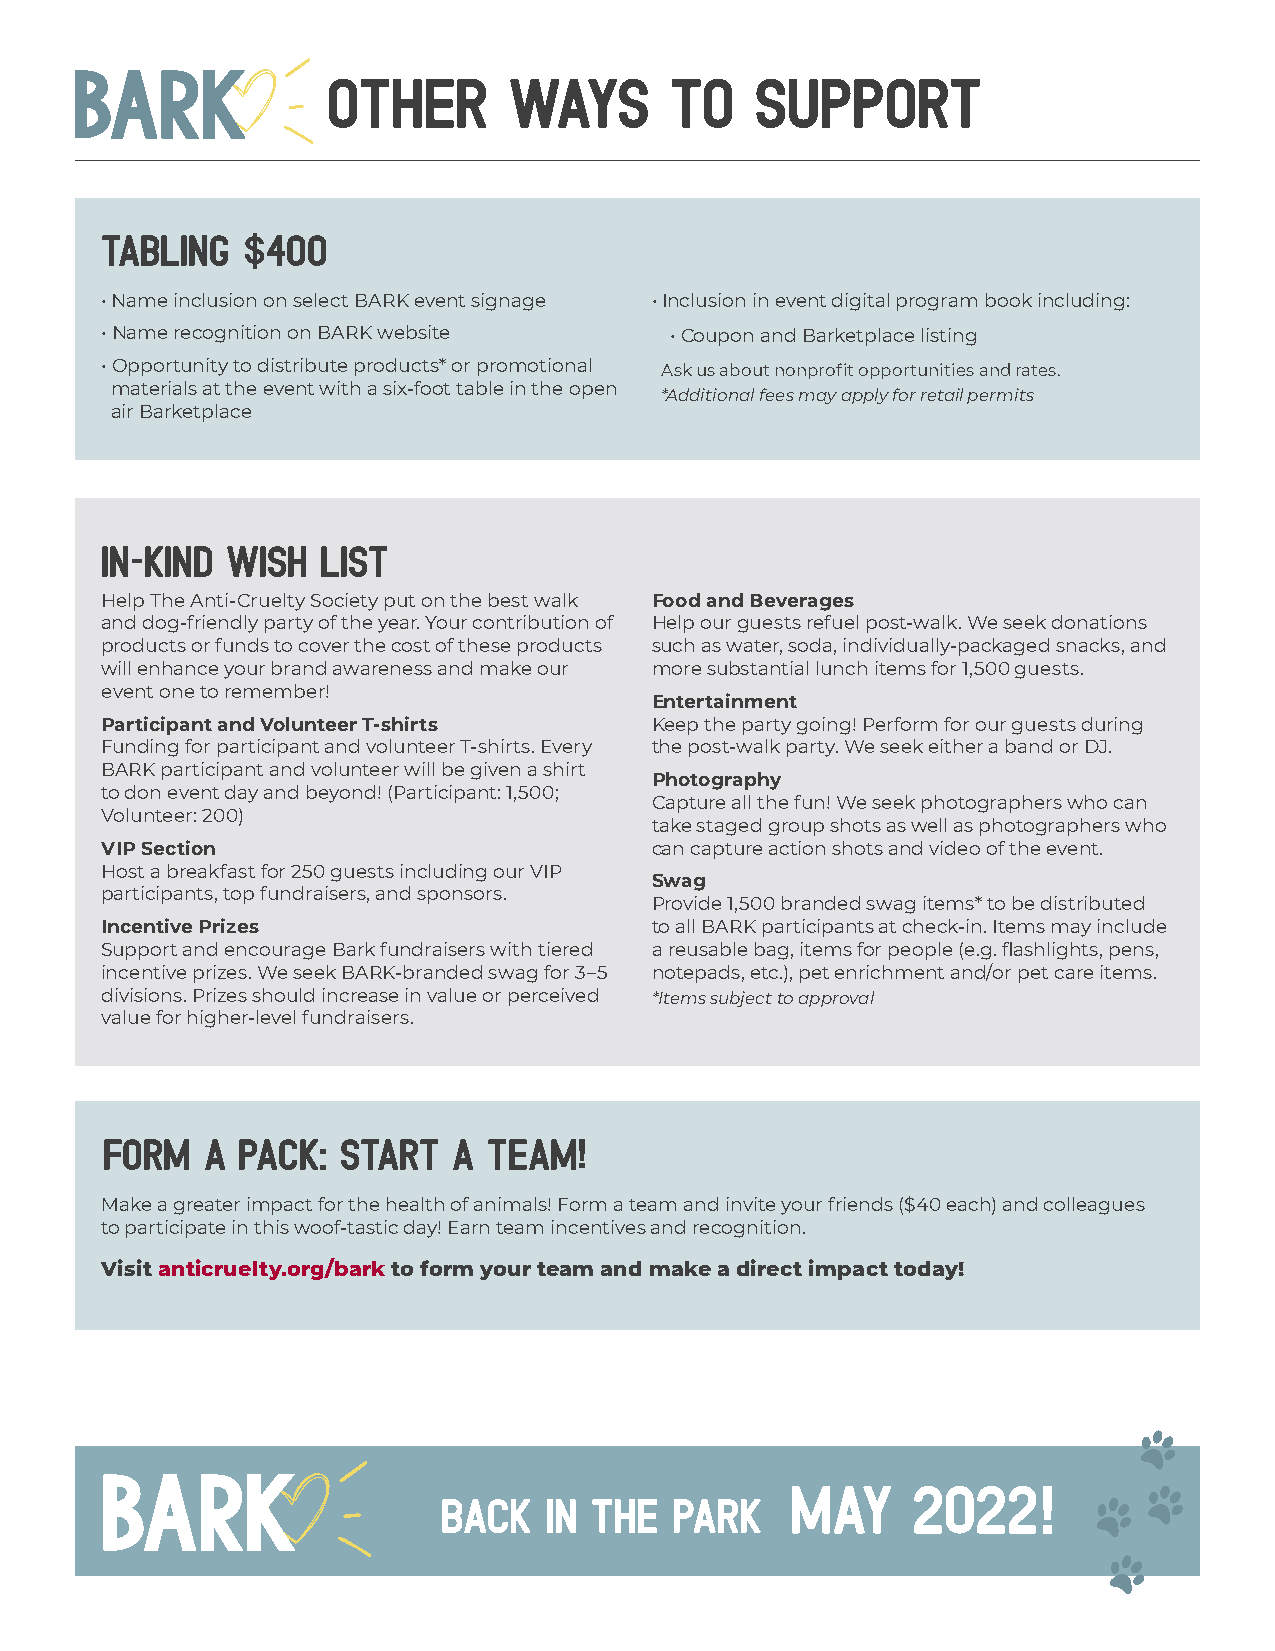
OTHER       WAYS      TO    SUPPORT
 TABLING  $400
 • Name inclusion on select BARK event signage • Inclusion in event digital program book including:
 • Name recognition on BARK website   • Coupon and Barketplace listing
 • Opportunity to distribute products* or promotional Ask us about nonprofit opportunities and rates.
 materials at the event with a six-foot table in the open
 *Additional fees may apply for retail permits
 air Barketplace
 In-Kind Wish  List
 Help The Anti-Cruelty Society put on the best walk Food and Beverages
 and dog-friendly party of the year. Your contribution of Help our guests refuel post-walk. We seek donations
 products or funds to cover the cost of these products such as water, soda, individually-packaged snacks, and
 will enhance your brand awareness and make our more substantial lunch items for 1,500 guests.
 event one to remember!
 Entertainment
 Participant and Volunteer T-shirts  Keep the party going! Perform for our guests during
 Funding for participant and volunteer T-shirts. Every the post-walk party. We seek either a band or DJ.
 BARK participant and volunteer will be given a shirt
 Photography
 to don event day and beyond! (Participant: 1,500;
 Capture all the fun! We seek photographers who can
 Volunteer: 200)
 take staged group shots as well as photographers who
 VIP Section                         can capture action shots and video of the event.
 Host a breakfast for 250 guests including our VIP
 Swag
 participants, top fundraisers, and sponsors.
 Provide 1,500 branded swag items* to be distributed
 Incentive Prizes                    to all BARK participants at check-in. Items may include
 Support and encourage Bark fundraisers with tiered a reusable bag, items for people (e.g. flashlights, pens,
 incentive prizes. We seek BARK-branded swag for 3–5 notepads, etc.), pet enrichment and/or pet care items.
 divisions. Prizes should increase in value or perceived *Items subject to approval
 value for higher-level fundraisers.
 FORM  A  Pack: START   A TEAM!
 Make a greater impact for the health of animals! Form a team and invite your friends ($40 each) and colleagues
 to participate in this woof-tastic day! Earn team incentives and recognition.
 Visit anticruelty.org/bark to form your team and make a direct impact today!